Indian journal of veterinary science and animal husbandry - Volumes 28-29, 1958-1959
Year: 1958
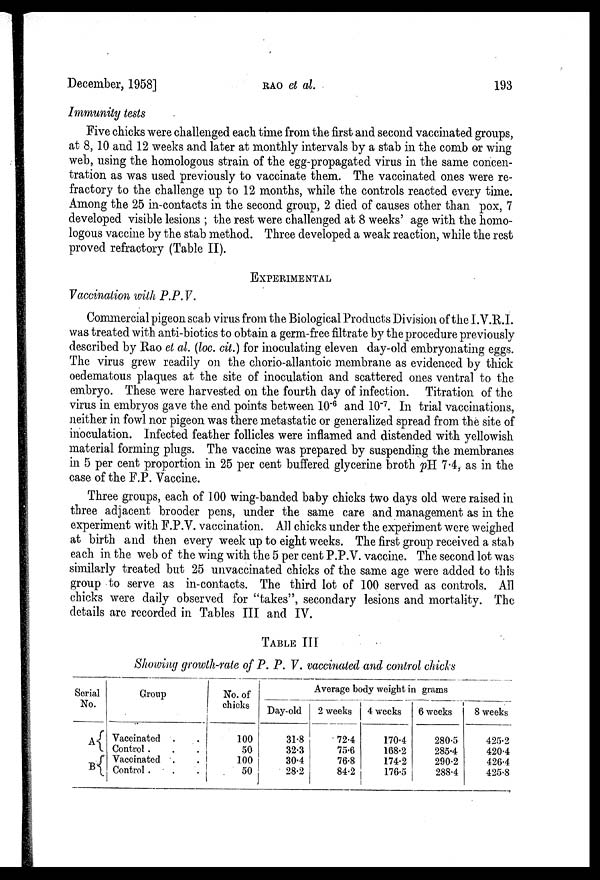
December, 1958]
RAO
et al.
193
Immunity tests
Five chicks were challenged each time from the first and second vaccinated groups,
at 8, 10 and 12 weeks and later at monthly intervals by a stab in the comb or wing
web, using the homologous strain of the egg-propagated virus in the same concen-
tration as was used previously to vaccinate them. The vaccinated ones were re-
fractory to the challenge up to 12 months, while the controls reacted every time.
Among the 25 in-contacts in the second group, 2 died of causes other than pox, 7
developed visible lesions ; the rest were challenged at 8 weeks' age with the homo-
logous vaccine by the stab method. Three developed a weak reaction, while the rest
proved refractory (Table II).
EXPERIMENTAL
Vaccination with P.P.V.
Commercial pigeon scab virus from the Biological Products Division of the I. V.K.I.
was treated with anti-biotics to obtain a germ-free filtrate by the procedure previously
described by Rao et al. (loc. cit.) for inoculating eleven day-old embryonating eggs.
The virus grew readily on the chorio-allantoic membrane as evidenced by thick
oedematous plaques at the site of inoculation and scattered ones ventral to the
embryo. These were harvested on the fourth day of infection. Titration of the
virus in embryos gave the end points between 10 -6 and 10 -7 . In trial vaccinations,
neither in fowl nor pigeon was there metastatic or generalized spread from the site of
inoculation. Infected feather follicles were inflamed and distended with yellowish
material forming plugs. The vaccine was prepared by suspending the membranes
in 5 per cent proportion in 25 per cent buffered glycerine broth pH 74, as in the
case of the F.P. Vaccine.
Three groups, each of 100 wing-banded baby chicks two days old were raised in
three adjacent brooder pens, under the same care and management as in the
experiment with F.P.V. vaccination. All chicks under the experiment were weighed
at birth and then every week up to eight weeks. The first group received a stab
each in the web of the wing with the 5 per cent P.P.V. vaccine. The second lot was
similarly treated but 25 unvaccinated chicks of the same age were added to this
group to serve as in-contacts. The third lot of 100 served as controls. All
chicks were daily observed for "takes", secondary lesions and mortality. The
details are recorded in Tables III and IV.
TABLE III
Showing growth-rate of P. P. V. vaccinated and control chicks
Serial
No.
A
B
Group
Vaccinated . .
Control. . .
Vaccinated . .
Control . . .
No. of
chicks
100
50
100
50
Average body weight in grams
Day-old
31.8
32.3
30.4
28.2
2 weeks
72.4
75.6
76.8
84.2
4 weeks
170.4
168.2
174.2
176.5
6 weeks
280.5
285.4
290.2
288.4
8 weeks
425.2
420.4
426.4
425.8